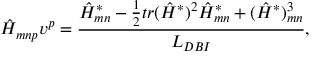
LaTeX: \hat { H } _ { m n p } v ^ { p } = { \frac { \hat { H } _ { m n } ^ { * } - { \frac { 1 } { 2 } } t r ( \hat { H } ^ { * } ) ^ { 2 } \hat { H } _ { m n } ^ { * } + ( \hat { H } ^ { * } ) _ { m n } ^ { 3 } } { L _ { D B I } } } ,